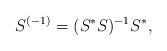
LaTeX: \begin{align*}S^{(-1)} = (S^* S)^{-1} S^*,\end{align*}